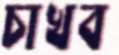
চাখব